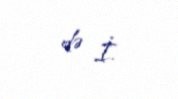
də İ.